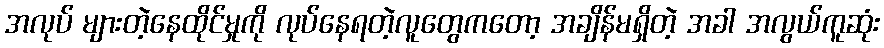
အလုပ် များတဲ့နေထိုင်မှုကို လုပ်နေရတဲ့လူတွေကတော့ အချိန်မရှိတဲ့ အခါ အလွယ်ကူဆုံး